Mental hospitals Bombay report 1929-33 - 1929-1933
Year: 1929
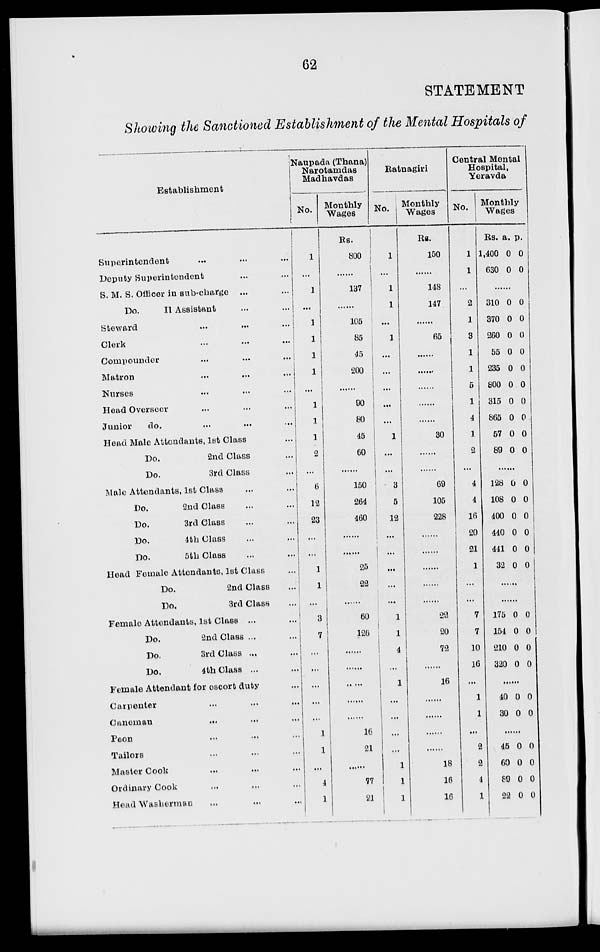
62
STATEMENT
Showing the Sanctioned Establishment of the Mental Hospitals of
Establishment
Superintendent ... ... ...
Deputy Superintendent ... ...
S. M. S. Officer in sub-charge ...
Do.
II
Assistant ... ...
Steward
...
...
Clerk ... ... ...
Compounder ... ... ...
Matron ... ... ...
Nurses ... ... ...
Head Overseer ... ... ...
Junior
do. ... ... ...
Head Male Attendants, 1st Class ...
Do.
2nd Class ...
Do.
3rd Class ...
Male Attendants, 1st Class ... ...
Do.
2nd Class ... ...
Do.
3rd Class ... ...
Do.
4th Class ... ...
Do.
5th Class ... ...
Head Female Attendants, 1st Class ...
Do.
2nd Class ...
Do.
3rd Class ...
Female Attendants, 1st Class ... ...
Do.
2nd Class ... ...
Do.
3rd Class ... ...
Do.
4th Class ... ...
Female Attendant for escort duty ...
Carpenter ... ... ...
Caneman ... ... ...
Peon ... ... ...
Tailors ... ... ...
Master Cook ... ... ...
Ordinary Cook ... ... ...
Head Washerman ... ... ...
Naupada (Thana)
Narotamdas
Madhavdas
No.
1
...
1
...
1
1
1
1
...
1
1
1
2
...
6
12
23
...
...
1
1
...
3
7
...
...
...
...
...
1
1
...
4
1
Monthly
Wages
Rs.
800
.......
137
......
105
85
45
200
.......
90
80
45
60
.......
150
264
460
.......
.......
25
22
.......
60
126
.......
.......
.......
.......
.......
16
21
........
77
21
Ratnagiri
No.
1
...
1
1
...
1
...
...
...
...
...
1
...
...
3
5
12
...
...
...
...
...
1
1
4
...
1
...
...
...
...
1
1
1
Monthly
Wages
Rs.
150
.......
148
147
.......
65
.......
.......
.......
.......
.......
30
.......
.......
69
105
228
.......
.......
.......
.......
.......
22
20
72
.......
16
.......
.......
.......
.......
18
16
16
Central Mental
Hospital,
Yeravda
No.
1
1
...
2
1
3
1
1
5
1
4
1
2
...
4
4
16
20
21
1
...
...
7
7
10
16
...
1
1
...
2
2
4
1
Monthly
Wages
Rs.
1,400
630
a.
0
0
p.
0
0
.......
310
370
260
55
235
800
315
865
57
89
0
0
0
0
0
0
0
0
0
0
0
0
0
0
0
0
0
0
0
0
.......
128
108
400
440
441
32
0
0
0
0
0
0
0
0
0
0
0
0
.......
.......
175
154
210
320
0
0
0
0
0
0
0
0
.......
40
30
0
0
0
0
.......
45
60
89
22
0
0
0
0
0
0
0
0